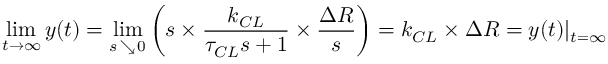
\operatorname* { l i m } _ { t \to \infty } y ( t ) = \operatorname* { l i m } _ { s \, \searrow \, 0 } \left( s \times { \frac { k _ { C L } } { \tau _ { C L } s + 1 } } \times { \frac { \Delta R } { s } } \right) = k _ { C L } \times \Delta R = y ( t ) | _ { t = \infty }